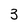
Character: 3